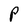
Character: P